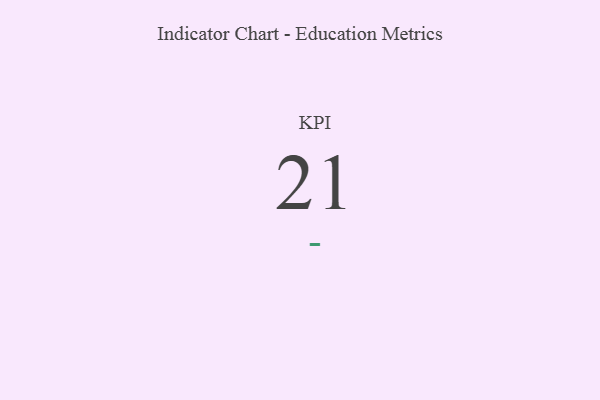
{"axis": {"x": "KPI", "y": "Value"}, "legend": [""], "data": [{"x": "KPI", "y": 21, "type": ""}]}